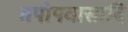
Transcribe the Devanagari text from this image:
तपोपवासादि